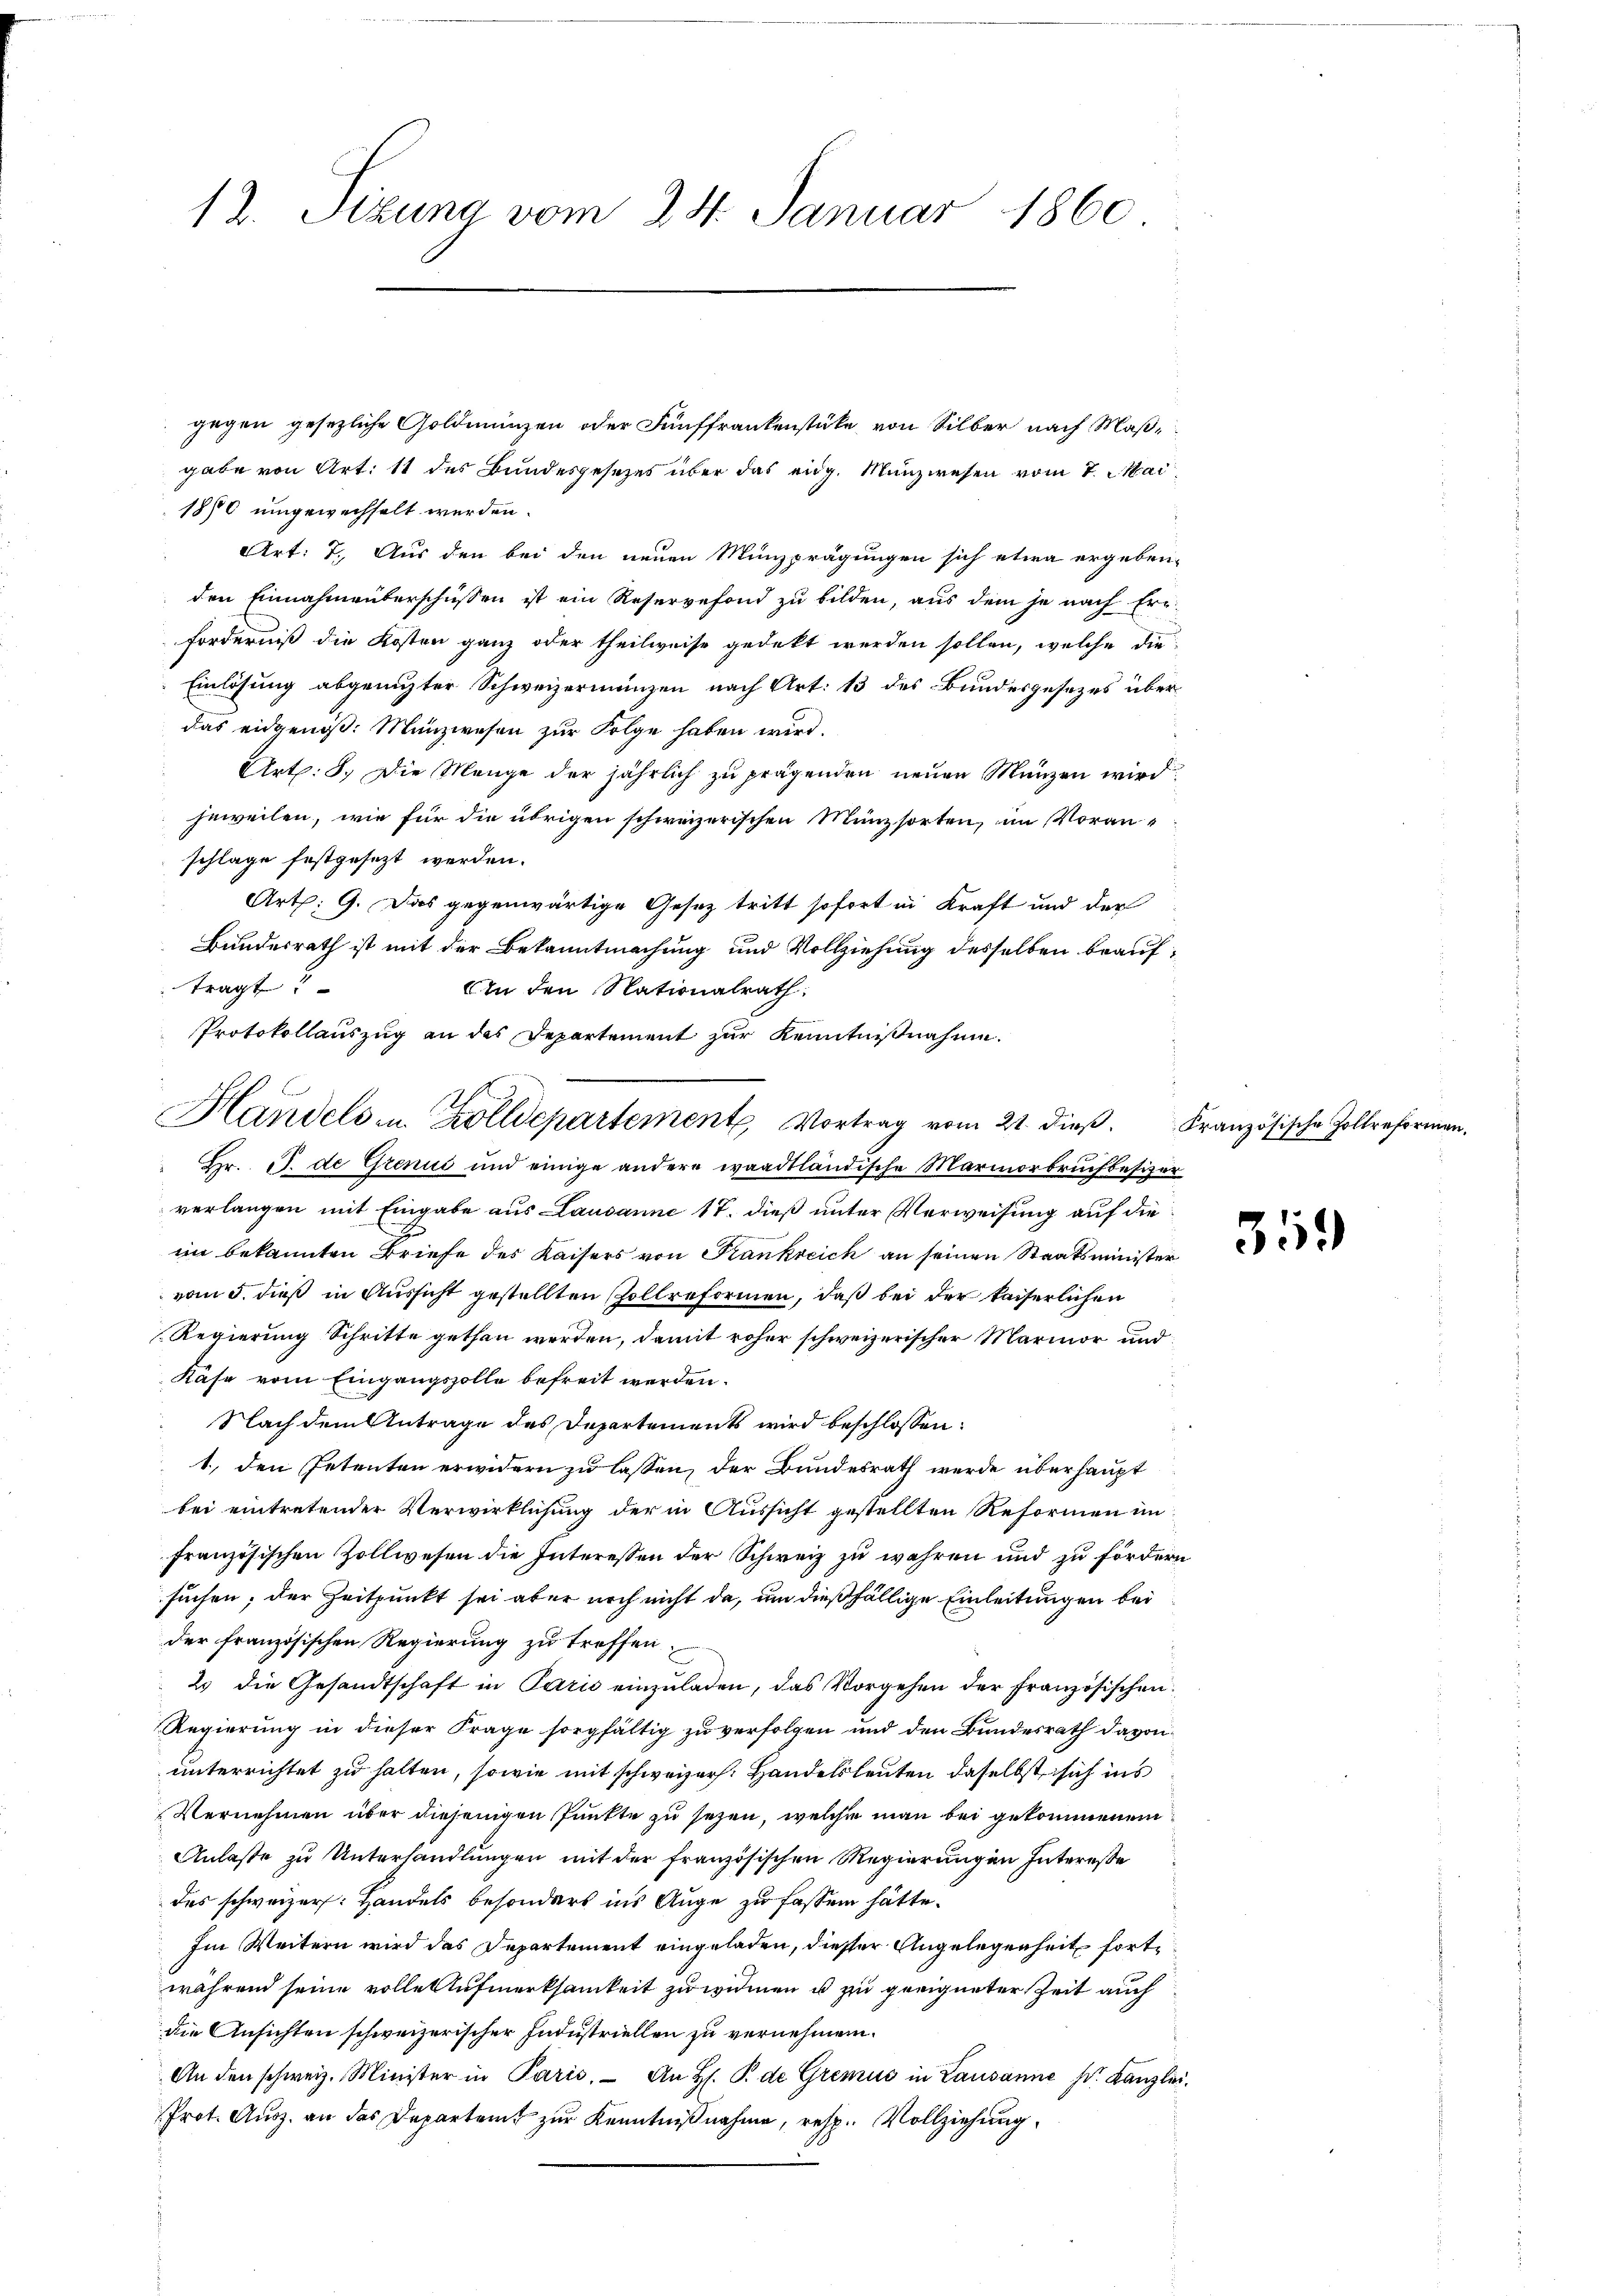
12. Sizung vom 24. Januar 1860

gegen gesezliche Goldmünzen oder Fünffrankenstüke von Silber nach Maßgabe von Art. 11 des Bundesgesezes über das eidg. Münzwesen vom 7. Mai
1870 umgewechselt werden.
Art: 7. Aus den bei den neuen Münzprägungen sich etwa ergeben,
den Einnahmeberschüssen ist ein Reservefond zu bilden, aus dem je nach Ern
Forderniß die Kosten ganz oder theilweise gedekt werden sollen, welche die
Einlösung abgenugter Schweizermanzen nach Art. 13 des Bundesgesezes über
das eidgenöß: Münzwesen zur Folge haben wird.
Art: 8. Die Menge der jährlich zu prägenden neuen Münzen wird.
jeweilen, wie für die übrigen schweizerischen Münzsorten, im Voranschlage festgesezt werden.
Art. 9. Das gegenwärtige Gesez tritt sofort in Kraft und der
Bundesrath ist mit der Bekanntmachung und Vollziehung desselben beauftragt:
An den Nationalrath:
verlangen mit Eingabe aus Lausanne 17. dieß unter Verweisung auf die
im bekannten Briefe des Kaisers von Frankreich an seinen Staatsminister
vom 5. dieß in Aussicht gestellten sollreformen, daß bei der kaiserlichen
Regierung Schritte gethan werden, damit roher schweizerischer Marmor und
Kase vom Eingangszolle befreit werden.
Nach dem Antrage des Departements wird beschlossen:
1., den Petenten erwidern zu lassen, der Bundesrath werde überhaupt
bei eintretender Verwirklichung der in Aussicht gestellten Reformen im
französischen Zollwesen die Interessen der Schweiz zu wehren und zu fördern
suchen, der Zeitpunkt sei aber noch nicht da, um dießfällige Einleitungen bei
der französischen Regierung zu treffen.
2 die Gesandtschaft in Paris einzŭladen, das Vorgehen der französischen
Regierung in dieser Frage sorgfältig zu verfolgen und den Bundesrath davon
unterrichtet zu halten, sowie mit schweizer. Handelsleuten daselbst sich ins
Vernehmen über diejenigen Punkte zu sezen, welche man bei gekommenen
Anlaße zu Unterhandlungen mit der französischen Regierungen Intereße
des schweizer. Handels besonders ins Auge zu fassen hätte.
Im Weitern wird das Departement eingeladen, dieser Angelegenheit fortwährend seine volle Aufmerksamkeit zu widmen u zu geeigneter Zeit auch
die Ansichten schweizerischer Industriellen zu vernehmen.
An den schweiz. Minister in Paris. An H. B. de Gremus in Lausanne s. Kanzlei.
Prot. Ausz. an das Departent zur Kenntnißnahme, resp. Vollziehung

Protokollauszug an das Departement zur Kenntnißnahme.
Handels in Zolldepartement Vortrag vom 21. dieß. Französische Zollreforman
 Hr. J. de Grenus und einige andere waadtländische Marmorbruchbesizer

359